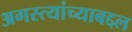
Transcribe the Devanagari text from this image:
अगस्त्यांच्याबद्दल